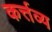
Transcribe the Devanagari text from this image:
कर्त्तव्‍य